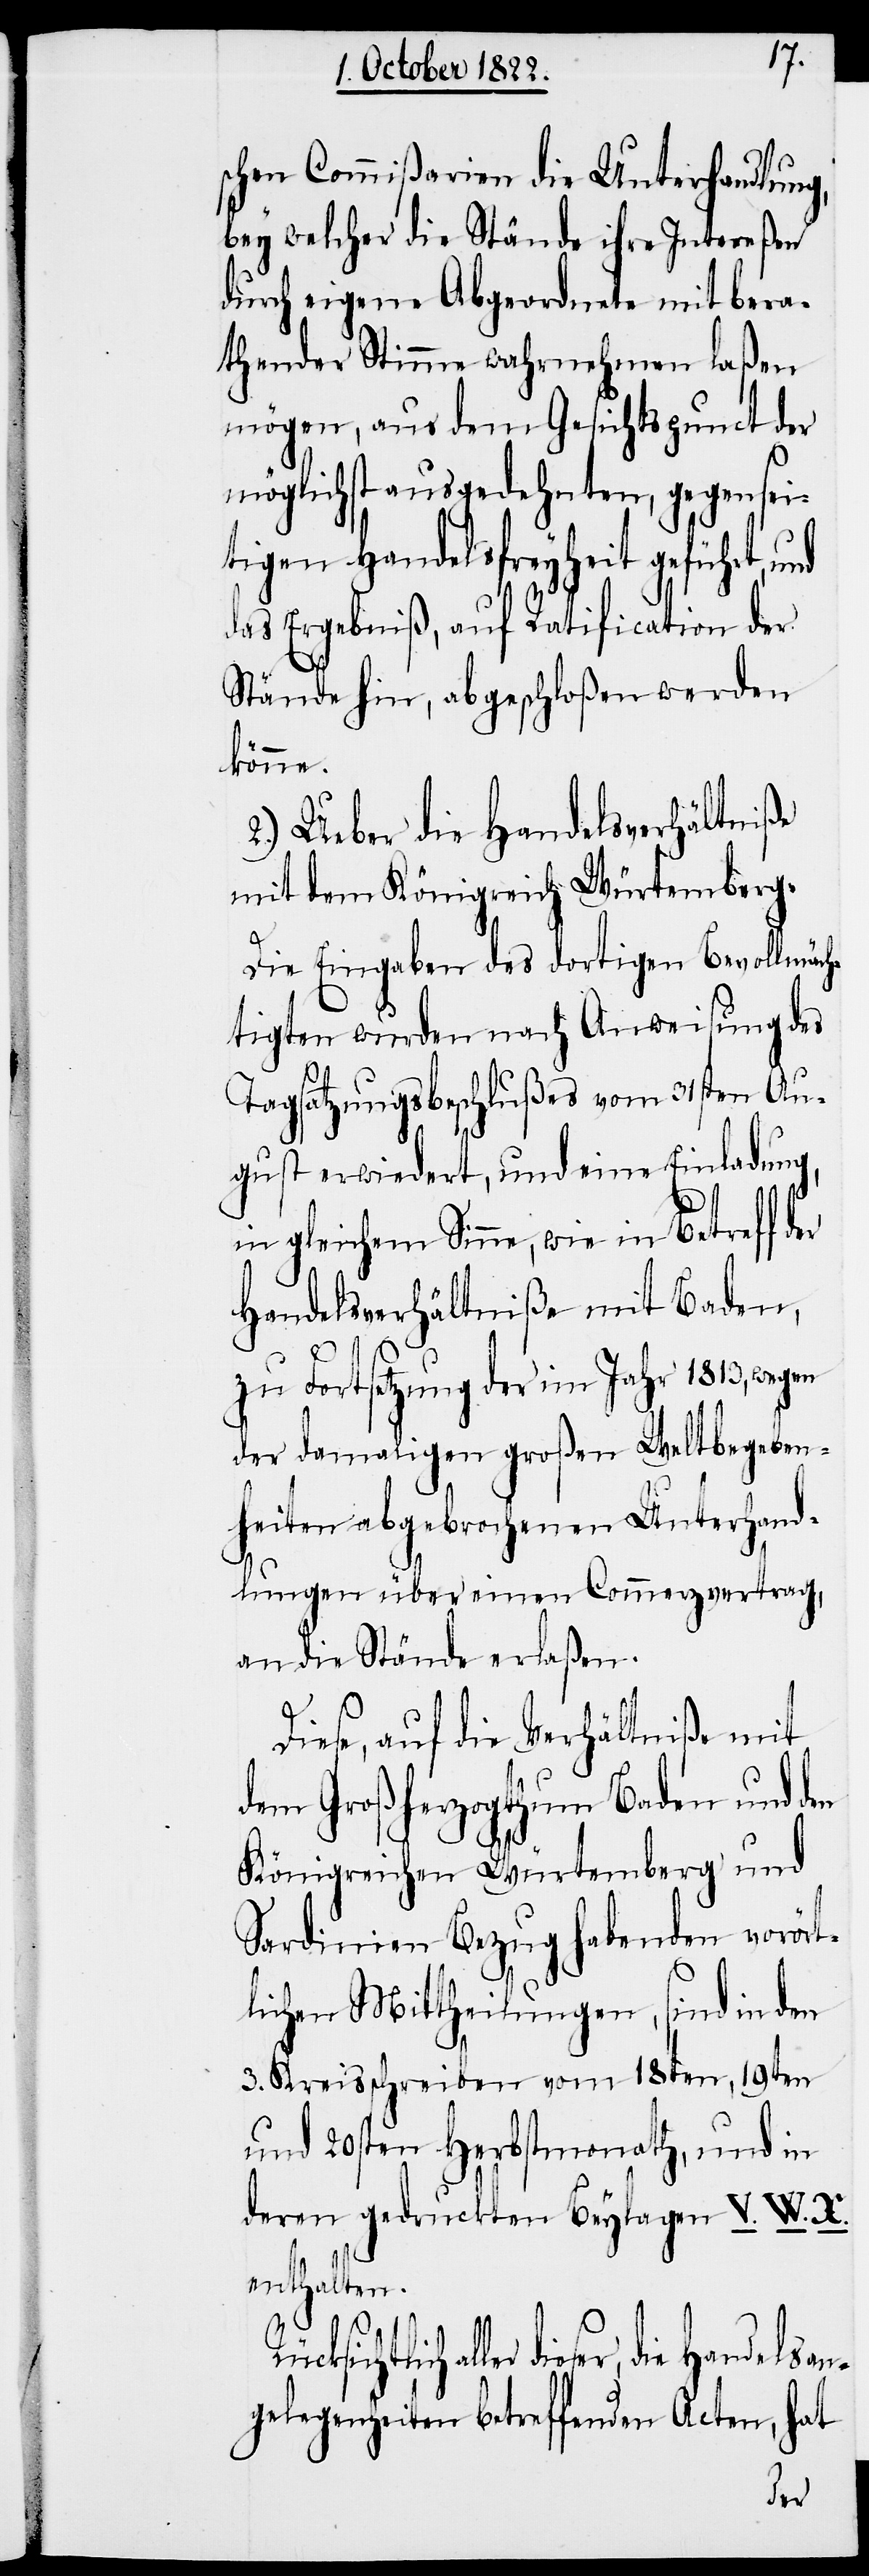
schen Commißarien die Unterhandlung,
bey welcher die Stände ihre Intereßen
durch eigene Abgeordnete mit bera¬
thender Stimme wahrnehmen laßen
mögen, aus dem Gesichtspunct der
möglichst ausgedehnten, gegensei¬
tigen Handelsfreyheit geführt,
das Ergebniß, auf Ratification der
Stände hin, abgeschloßen werden
könne.
2.) Ueber die Handelsverhältniße
mit dem Königreich Würtemberg.
Die Eingaben des dortigen Bevollmäch¬
tigten wurden nach Anweisung des
Tagsatzungsbeschlußes vom 31sten Au¬
gust erwiedert, und eine Einladung,
in gleichem Sinne, wie in Betreff
Handelsverhältniße mit Baden,
zu Fortsetzung der im Jahr 1813, wegen
der damaligen großen Weltbegeben¬
heiten abgebrochenen Unterhand¬
lungen über einen Commerzvertrag,
an die Stände erlaßen.
Diese, auf die Verhältniße mit
dem Grossherzogthum Baden und
Königreichen Würtemberg und
Sardinien Bezug habenden vorört¬
lichen Mittheilungen, sind in den
3. Kreisschreiben vom 18ten, 19ten
und 20sten Herbstmonath, und in
deren gedruckten Beylagen V. W. X.
enthalten.
aller dieser, die Handelsa¬
ngelegenheiten betreffenden Acten, hat
der